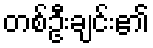
တစ်ဦးချင်း၏